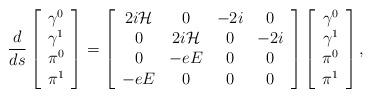
LaTeX: \begin{align*}\frac d{ds}\left[ \begin{array}{c}\gamma ^0 \\ \gamma ^1 \\ \pi ^0 \\ \pi ^1\end{array}\right] =\left[ \begin{array}{cccc}2i{\cal H} & 0 & -2i & 0 \\ 0 & 2i{\cal H} & 0 & -2i \\ 0 & -eE & 0 & 0 \\ -eE & 0 & 0 & 0\end{array}\right] \left[ \begin{array}{c}\gamma ^0 \\ \gamma ^1 \\ \pi ^0 \\ \pi ^1\end{array}\right] , \end{align*}